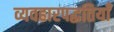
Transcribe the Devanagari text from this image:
व्यवहारपद्धतियाँ